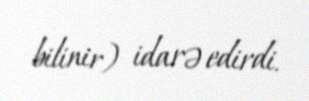
bilinir) idarə edirdi.